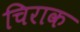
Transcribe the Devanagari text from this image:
चिराक